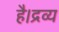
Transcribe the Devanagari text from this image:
है।द्रव्य